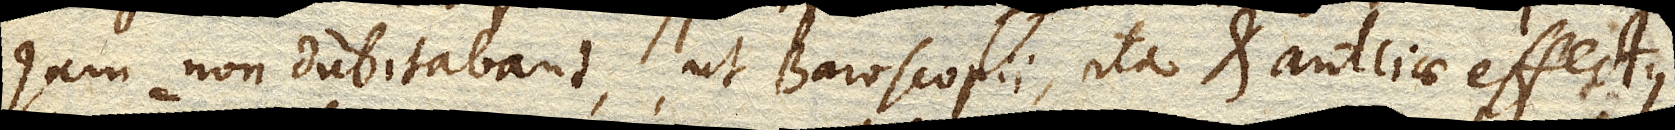
Jam non dubitabant, ut Baroscopii, ita et antliae effectus